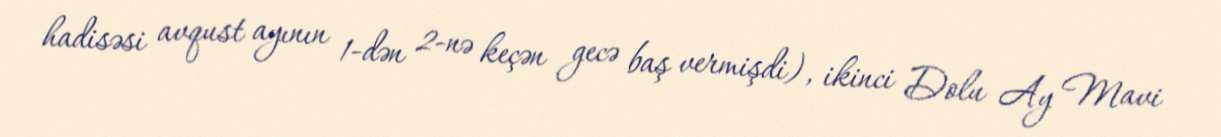
hadisəsi avqust ayının 1-dən 2-nə keçən gecə baş vermişdi), ikinci Dolu Ay Mavi